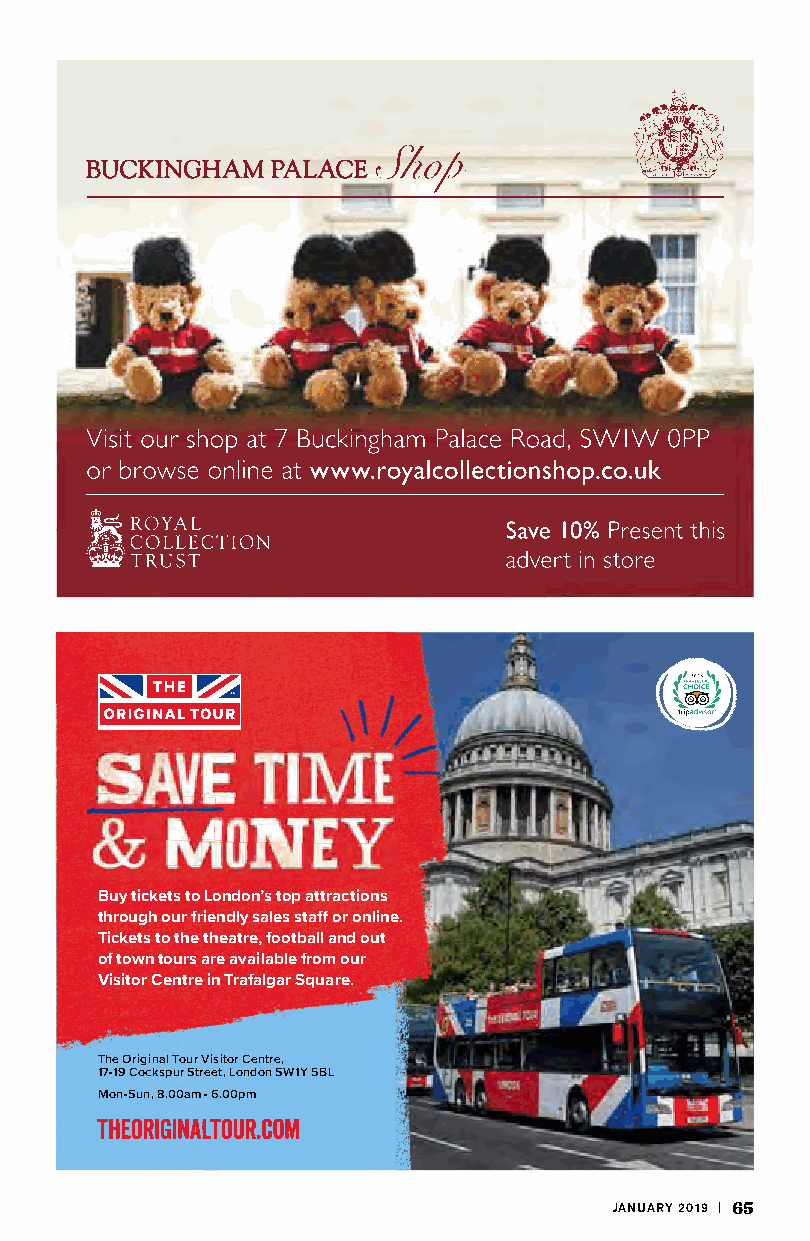
Buy tickets to London’s top attractions
 through our friendly sales staff or online.
 Tickets to the theatre, football and out
 of town tours are available from our
 Visitor Centre in Trafalgar Square.
 The Original Tour Visitor Centre,
 17-19 Cockspur Street, London SW1Y 5BL
 Mon-Sun, 8.00am - 6.00pm
 JANUARY 2019 | 65